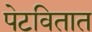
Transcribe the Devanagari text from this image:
पेटवितात